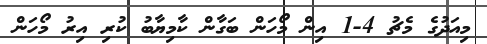
މިއަދުގެ މެޗު 4-1 އިން މޯހަން ބަގާން ކާމިޔާބު ކުރި އިރު މޯހަން